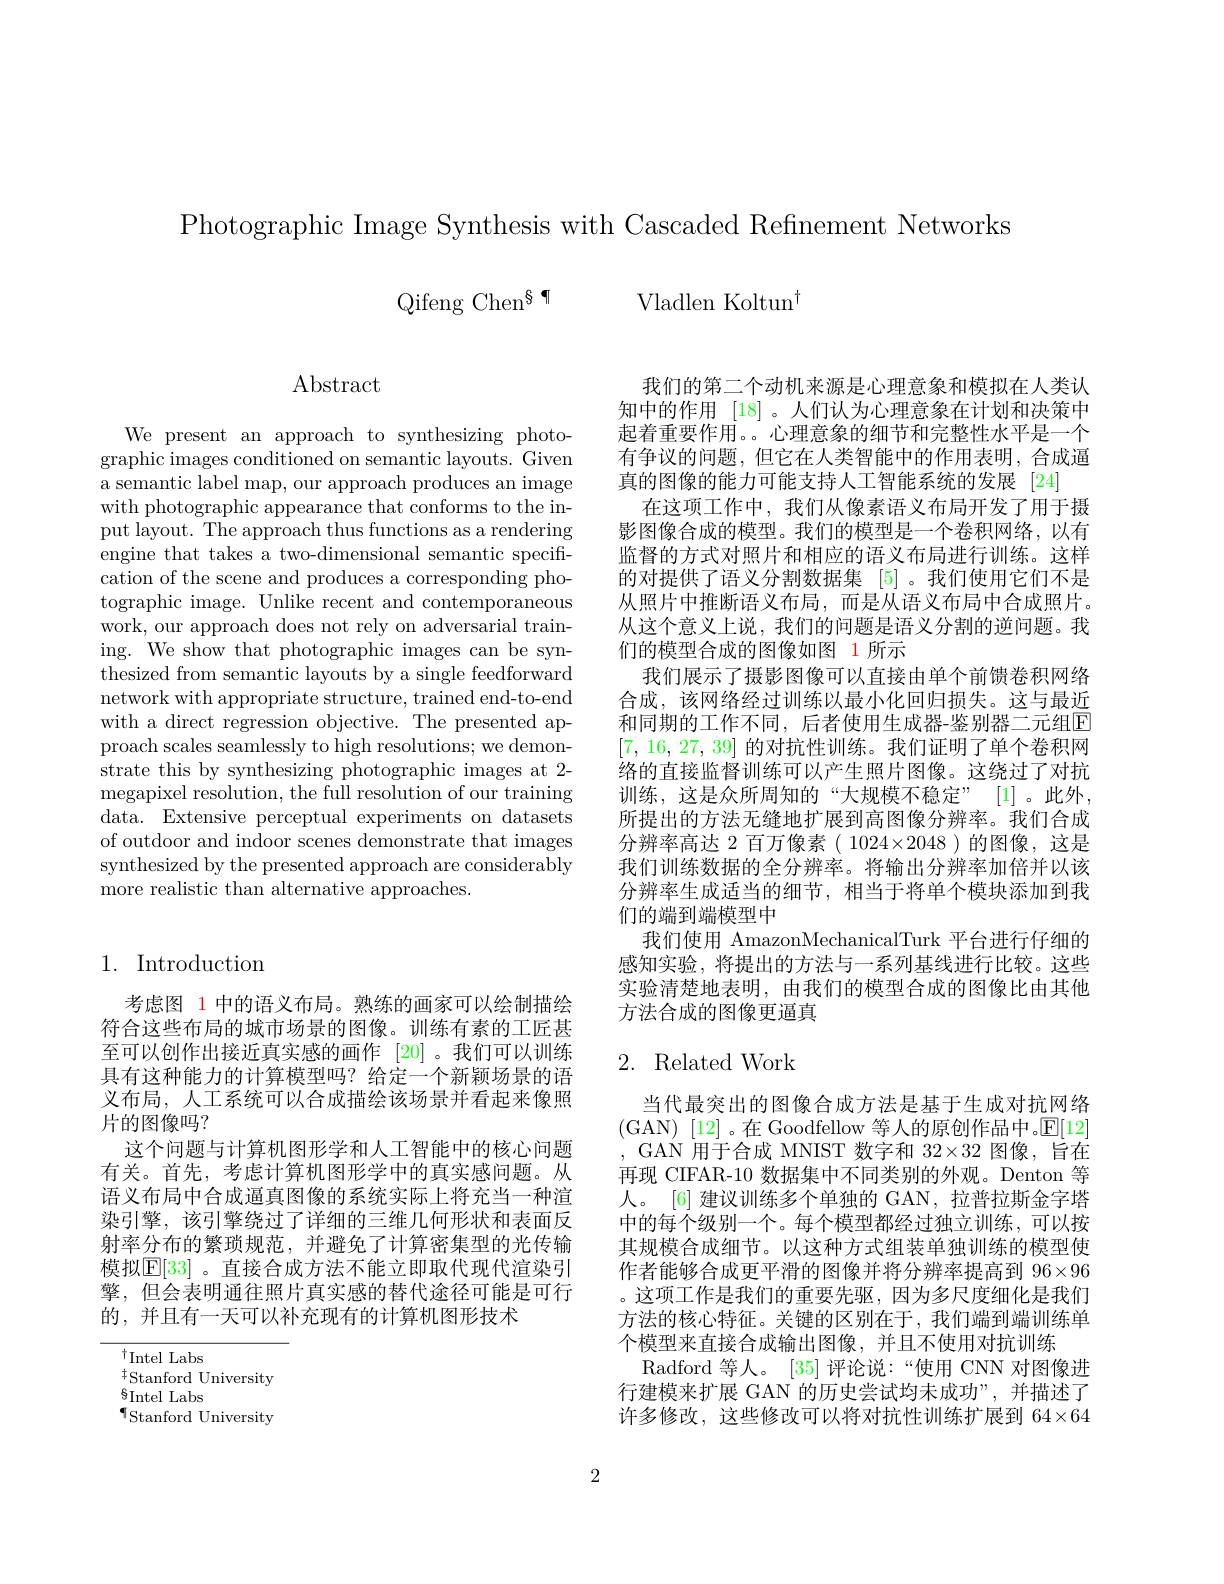
Photographic Image Synthesis with Cascaded Refinement Networks
Qifeng Chen$^{\S}$¶
Vladlen Koltun$^{\dagger}$

## 1. Introduction

考虑图 1 中的语义布局。熟练的画家可以绘制描绘符合这些布局的城市场景的图像。训练有素的工匠甚至可以创作出接近真实感的画作[20]。我们可以训练具有这种能力的计算模型吗？给定一个新颖场景的语义布局，人工系统可以合成描绘该场景并看起来像照片的图像吗？
这个问题与计算机图形学和人工智能中的核心问题有关。首先，考虑计算机图形学中的真实感问题。从语义布局中合成逼真图像的系统实际上将充当一种渲染引擎，该引擎绕过了详细的三维几何形状和表面反射率分布的繁琐规范，并避免了计算密集型的光传输模拟$\mathbb{E}[33]$ 。直接合成方法不能立即取代现代渲染引擎，但会表明通往照片真实感的替代途径可能是可行的，并且有一天可以补充现有的计算机图形技术

$^{\dagger}$Intel Labs
$^{\dagger}$Stanford University
$\S$Intel Labs
$\P_{\mathrm{Stanford~University}}$

Abstract

We present an approach to synthesizing photographic images conditioned on semantic layouts. Given a semantic label map, our approach produces an image with photographic appearance that conforms to the input layout. The approach thus functions as a rendering engine that takes a two-dimensional semantic specification of the scene and produces a corresponding photographic image. Unlike recent and contemporaneous work, our approach does not rely on adversarial training. We show that photographic images can be synthesized from semantic layouts by a single feedforward network with appropriate structure, trained end-to-end with a direct regression objective. The presented approach scales seamlessly to high resolutions; we demonstrate this by synthesizing photographic images at 2- ${\mathrm{megapixel~resolution,~the~full~resolution~of~our~training}}$ data. Extensive perceptual experiments on datasets of outdoor and indoor scenes demonstrate that images synthesized by the presented approach are considerably more realistic than alternative approaches.

我们的第二个动机来源是心理意象和模拟在人类认知中的作用 [18] 。人们认为心理意象在计划和决策中起着重要作用。。心理意象的细节和完整性水平是一个有争议的问题，但它在人类智能中的作用表明，合成逼真的图像的能力可能支持人工智能系统的发展 [24]
在这项工作中，我们从像素语义布局开发了用于摄影图像合成的模型。我们的模型是一个卷积网络，以有监督的方式对照片和相应的语义布局进行训练。这样的对提供了语义分割数据集 [5]。我们使用它们不是从照片中推断语义布局，而是从语义布局中合成照片。从这个意义上说，我们的问题是语义分割的逆问题。我们的模型合成的图像如图 1 所示
我们展示了摄影图像可以直接由单个前馈卷积网络合成，该网络经过训练以最小化回归损失。这与最近和同期的工作不同，后者使用生成器-鉴别器二元组$\boxed{\mathrm{F}}$ [7,16,27,39]的对抗性训练。我们证明了单个卷积网络的直接监督训练可以产生照片图像。这绕过了对抗训练，这是众所周知的“大规模不稳定”[1]。此外， 所提出的方法无缝地扩展到高图像分辨率。我们合成分辨率高达 2 百万像素( 1024×2048 )的图像，这是我们训练数据的全分辨率。将输出分辨率加倍并以该分辨率生成适当的细节，相当于将单个模块添加到我们的端到端模型中
我们使用 AmazonMechanicalTurk 平台进行仔细的感知实验，将提出的方法与一系列基线进行比较。这些实验清楚地表明，由我们的模型合成的图像比由其他方法合成的图像更逼真

## 2. Related Work

当代最突出的图像合成方法是基于生成对抗网络(GAN)[12]。在 Goodfellow 等人的原创作品中。$\mathbb{E}[12]$ , GAN 用于合成 MNIST 数字和 32$\times32$图像，旨在再现 CIFAR-10 数据集中不同类别的外观。Denton 等人。[6] 建议训练多个单独的 GAN, 拉普拉斯金字塔中的每个级别一个。每个模型都经过独立训练，可以按其规模合成细节。以这种方式组装单独训练的模型使作者能够合成更平滑的图像并将分辨率提高到 96×96 。这项工作是我们的重要先驱，因为多尺度细化是我们方法的核心特征。关键的区别在于，我们端到端训练单个模型来直接合成输出图像，并且不使用对抗训练
Radford 等人。[35]评论说：“使用 CNN 对图像进行建模来扩展 GAN 的历史尝试均未成功”,并描述了许多修改，这些修改可以将对抗性训练扩展到 64×64

2